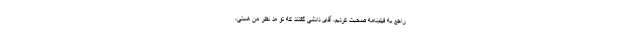
راجع به فیلم‌نامه صحبت کردیم، آقای دانشی گفتند که تو مد نظر من هستی،